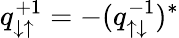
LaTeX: q_{\downarrow\uparrow}^{+1}=-(q_{\uparrow\downarrow}^{-1})^{*}